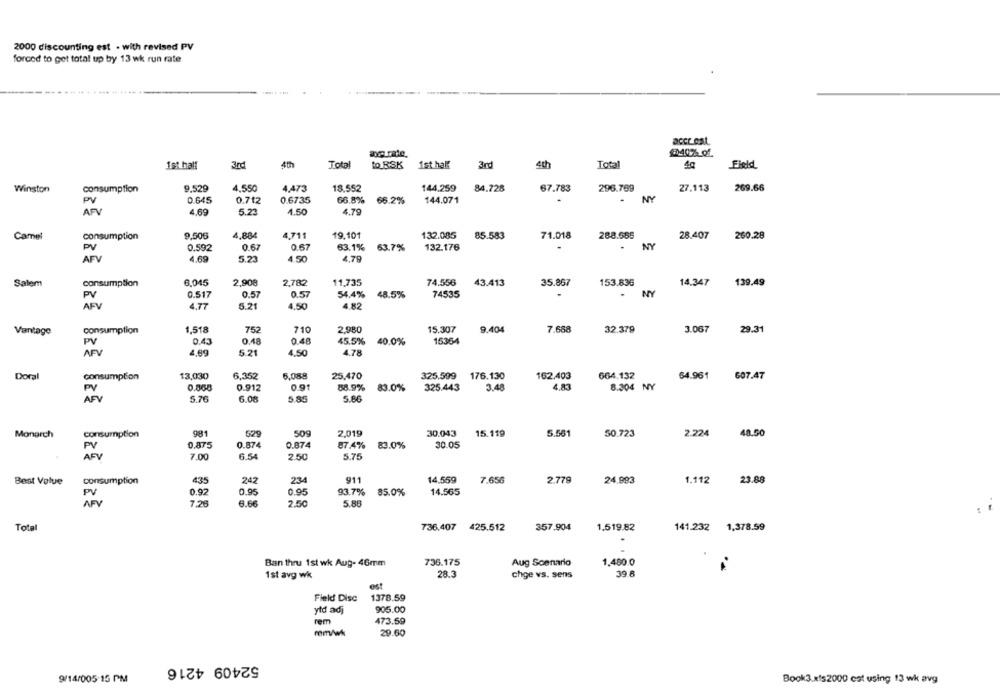
2000 discounting est . with revised PV
forced to get total up by 13 wk run rate
£140% of.
1st half
3rd
4th
Total
to RSK
1st half
4th
Total
Field
4,473
296.769
27.113
269.66
Winston
consumption
9.529
4,550
18.552
144.259
84.728
67.783
PV
0.645
0.712
0.6735
66.8%
66.2%
144.071
NY
AFV
4.69
5.23
4.50
4.79
9.506
4.884
4,711
19.101
132.085
85.583
288.665
28.407
260.28
Camel
consumption
71.018
PV
0.592
0.67
0.67
63.1%
63.7%
132.176
NY
AFV
4.69
5.23
4.50
4,79
Salem
consumption
6.045
2,908
2,782
11.735
74.556
43.413
35.867
153.836
14.347
139.49
PV
0.517
0.57
0.57
54,4%
48.5%
74535
.
NY
AFV
4.77
5.21
4.50
4.82
Vantage
consumption
1,518
752
710
2.980
15.307
9.404
7.668
32.379
3.067
29.31
PV
0.43
0.48
0.48
45.5%
40.0%
15364
AFV
4,99
5.21
4.50
4.78
664.132
Doral
consumption
$3,030
6,352
5,088
25,470
325.599
176.130
162.403
64.961
607.47
0.912
0.91
88.9%
83.0%
325.443
3.48
4.83
8.304 NY
PV
AFY
5.76
6.08
5.85
5.86
Monarch
consumption
9H
529
509
2,019
30.043
15.119
5.561
50.723
2.224
48.50
PV
0.875
0.874
0.874
87.4%
83.0%
30.05
AFV
7.00
6.54
2.50
5.75
14.559
Best Value
consumption
43
242
234
911
7.656
2.779
24.993
1.112
23.88
0.92
0.95
0.95
93.7%
14.565
PV
85.0%
AFV
7:28
6.66
2.50
5.88
357.904
Total
736.407 425.512
1.519.82
141.232 1,378.59
736.175
1.480 0
Ban thru 1st wk Aug- 46mm
Aug Scenario
1st avg wk
28.3
chge vs. sens
39.8
est
Field Disc
1378.59
ytd adj
905.00
rem
473.59
mm/w
29.60
52409 4216
9/14/005:15 PM
Book3.xls2000 cot using 13 wk avg